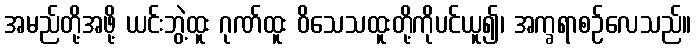
အမည်တို့အဖို့ ယင်းဘွဲ့ထူး ဂုဏ်ထူး ဝိသေသထူးတို့ကိုပင်ယူ၍၊ အက္ခရာစဉ်လေသည်။